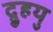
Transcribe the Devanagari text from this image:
द्रुुहयु